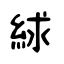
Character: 絿